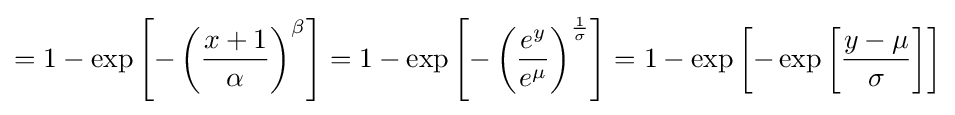
=1-\exp \left[-\left({\frac {x+1}{\alpha }}\right)^{\beta }\right]=1-\exp \left[-\left({\frac {e^{y}}{e^{\mu }}}\right)^{\frac {1}{\sigma }}\right]=1-\exp \left[-\exp \left[{\frac {y-\mu }{\sigma }}\right]\right]